Regulations for the medical services of the Army of India
Year: 1930
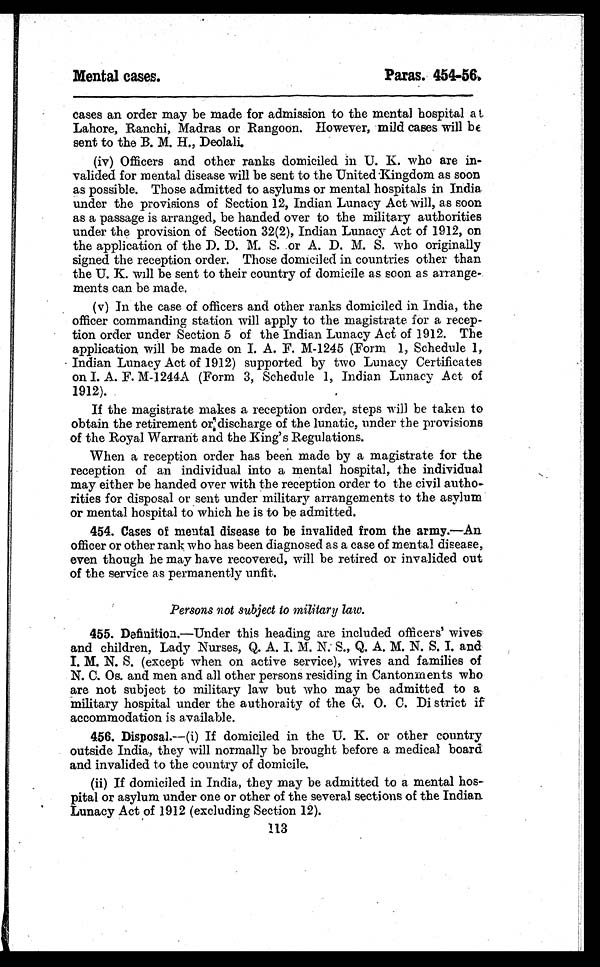
Mental cases.
Paras. 454-56.
cases an order may be made for admission to the mental hospital at
Lahore, Ranchi, Madras or Rangoon. However, mild cases will be
sent to the B. M. H., Deolali.
(iv) Officers and other ranks domiciled in U. K. who are in-
valided for mental disease will be sent to the United Kingdom as soon
as possible. Those admitted to asylums or mental hospitals in India
under the provisions of Section 12, Indian Lunacy Act will, as soon
as a passage is arranged, be handed over to the military authorities
under the provision of Section 32(2), Indian Lunacy Act of 1912, on
the application of the D. D. M. S. or A. D. M. S. who originally
signed the reception order. Those domiciled in countries other than
the U. K. will be sent to their country of domicile as soon as arrange
ments can be made.
(v) In the case of officers and other ranks domiciled in India, the
officer commanding station will apply to the magistrate for a recep-
tion order under Section 5 of the Indian Lunacy Act of 1912. The
application will be made on I. A. F. M-1245 (Form 1, Schedule 1,
Indian Lunacy Act of 1912) supported by two Lunacy Certificates
on I. A. F. M-1244A (Form 3, Schedule 1, Indian Lunacy Act of
1912).
If the magistrate makes a reception order, steps will be taken to
obtain the retirement or discharge of the lunatic, under the provisions
of the Royal Warrant and the King's Regulations.
When a reception order has been made by a magistrate for the
reception of an individual into a mental hospital, the individual
may either be handed over with the reception order to the civil autho-
rities for disposal or sent under military arrangements to the asylum
or mental hospital to which he is to be admitted.
454. Cases of mental disease to be invalided from the army. —An
officer or other rank who has been diagnosed as a case of mental disease,
even though he may have recovered, will be retired or invalided out
of the service as permanently unfit.
Persons not subject to military law.
455. Definition. —Under this heading are included officers' wives
and children, Lady Nurses, Q. A. I. M. N. S., Q. A. M. N. S. I. and
I. M. N. S. (except when on active service), wives and families of
N. C. Os. and men and all other persons residing in Cantonments who
are not subject to military law but who may be admitted to a
military hospital under the authoraity of the G. O. C. District if
accommodation is available.
456. Disposal.—(i) If domiciled in the U. K. or other country
outside India, they will normally be brought before a medical board
and invalided to the country of domicile.
(ii) If domiciled in India, they may be admitted to a mental hos-
pital or asylum under one or other of the several sections of the Indian
Lunacy Act of 1912 (excluding Section 12).
113